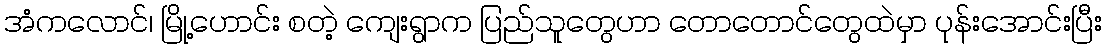
အံကလောင်၊ မြို့ဟောင်း စတဲ့ ကျေးရွာက ပြည်သူတွေဟာ တောတောင်တွေထဲမှာ ပုန်းအောင်းပြီး